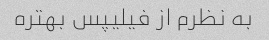
به نظرم از فیلیپس بهتره